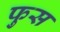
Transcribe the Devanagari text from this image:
फुस